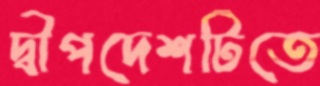
দ্বীপদেশটিতে